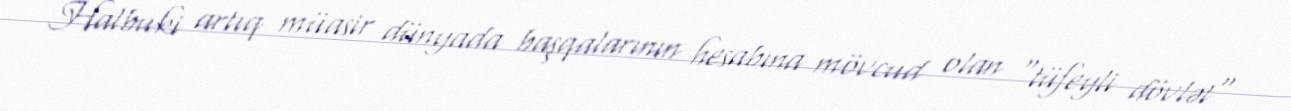
Halbuki artıq müasir dünyada başqalarının hesabına mövcud olan "tüfeyli dövlət"